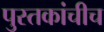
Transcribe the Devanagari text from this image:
पुस्तकांचीच